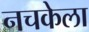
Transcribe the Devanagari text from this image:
नचकेला